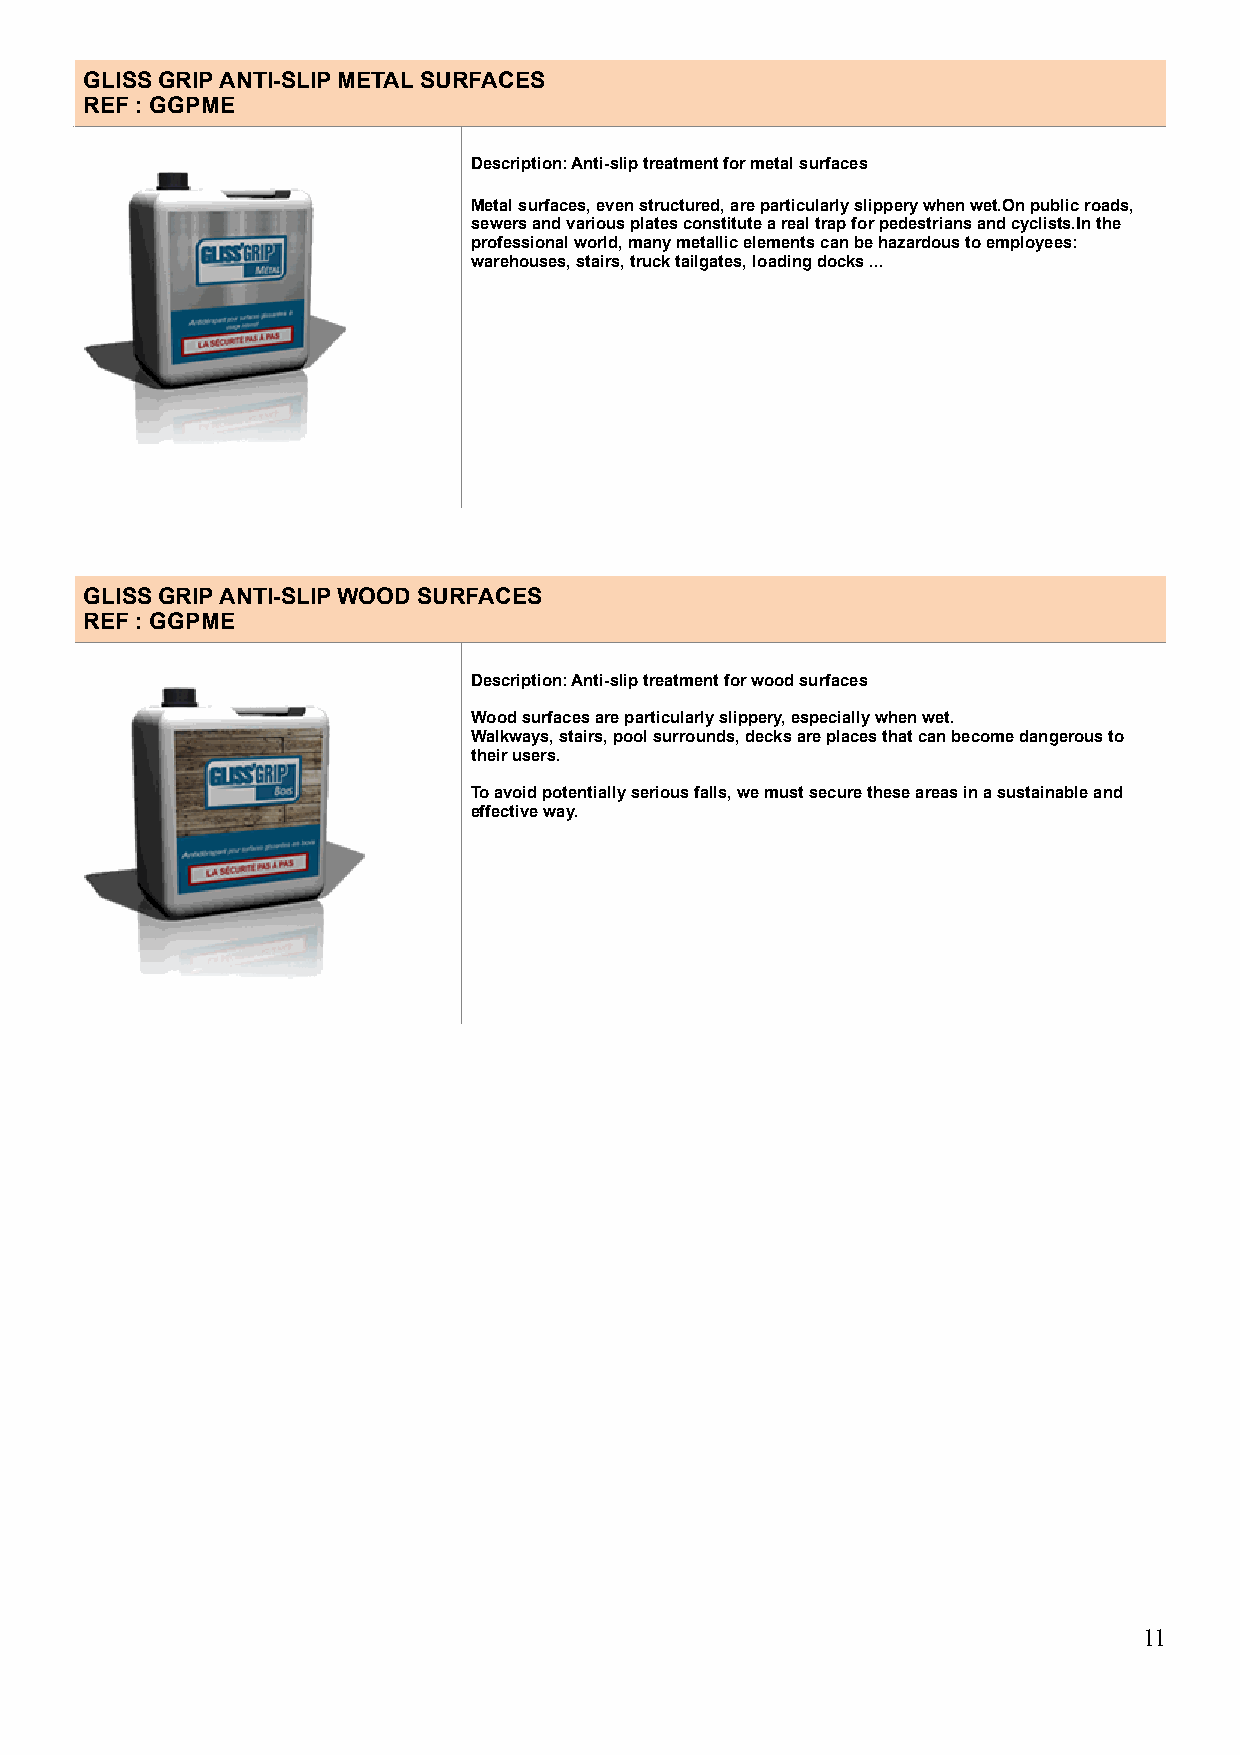
GLISS GRIP ANTI-SLIP METAL SURFACES
 REF : GGPME
 Description: Anti-slip treatment for metal surfaces
 Metal surfaces, even structured, are particularly slippery when wet.On public roads,
 sewers and various plates constitute a real trap for pedestrians and cyclists.In the
 professional world, many metallic elements can be hazardous to employees:
 warehouses, stairs, truck tailgates, loading docks ...
 !
 GLISS GRIP ANTI-SLIP WOOD SURFACES
 REF : GGPME
 Description: Anti-slip treatment for wood surfaces
 Wood surfaces are particularly slippery, especially when wet.
 Walkways, stairs, pool surrounds, decks are places that can become dangerous to
 their users.
 To avoid potentially serious falls, we must secure these areas in a sustainable and
 effective way.
 !
 !11